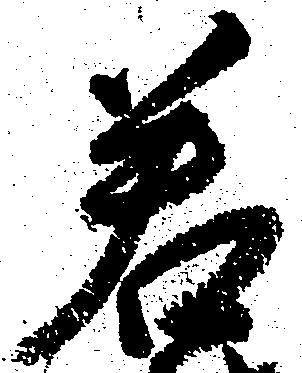
若